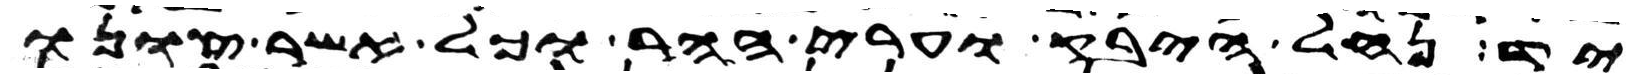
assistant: יד נחל היבק וערי ההר וכל אשר צונו